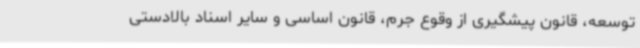
توسعه، قانون پیشگیری از وقوع جرم، قانون اساسی و سایر اسناد بالادستی